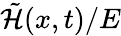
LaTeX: \tilde{\mathcal{H}}(x,t)/E